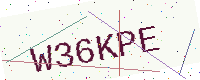
Text: W36KPE